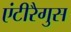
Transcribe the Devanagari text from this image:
एंटीरैगुस